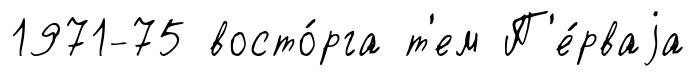
1971-75 восто́рга т'ем П'е́рваjа